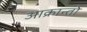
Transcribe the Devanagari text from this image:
आक्रान्तो